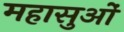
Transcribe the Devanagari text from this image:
महासुओं